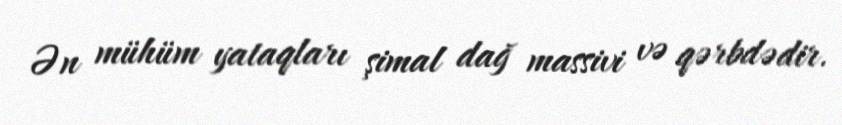
Ən mühüm yataqları şimal dağ massivi və qərbdədir.